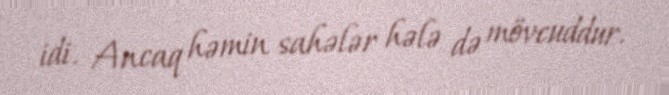
idi. Ancaq həmin sahələr hələ də mövcuddur.